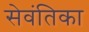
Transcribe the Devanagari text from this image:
सेवंतिका